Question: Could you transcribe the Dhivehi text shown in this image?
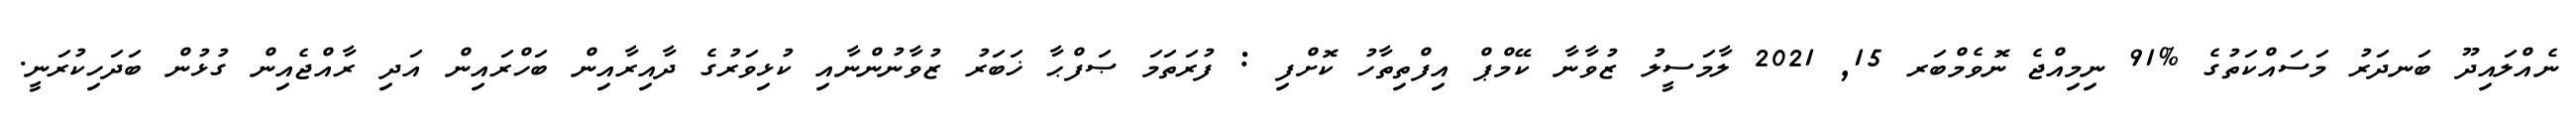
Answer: ނެއްލައިދޫ ބަނދަރު މަސައްކަތުގެ %91 ނިމިއްޖެ ނޮވެމްބަރ 15, 2021 ލާމަސީލު ޒުވާނާ ކޭމްޕް އިފްތިތާހު ކޮށްފި : ފުރަތަމަ ޞަފްޙާ ޚަބަރު ޒުވާނުންނާއި ކުޅިވަރުގެ ދާއިރާއިން ބަހްރައިން އަދި ރާއްޖެއިން ގުޅުން ބަދަހިކުރަނީ.